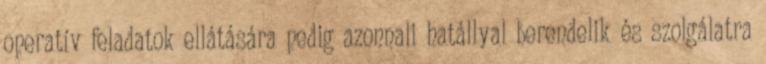
operatív feladatok ellátására pedig azonnali hatállyal berendelik és szolgálatra